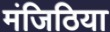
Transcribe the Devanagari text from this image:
मंजिठिया